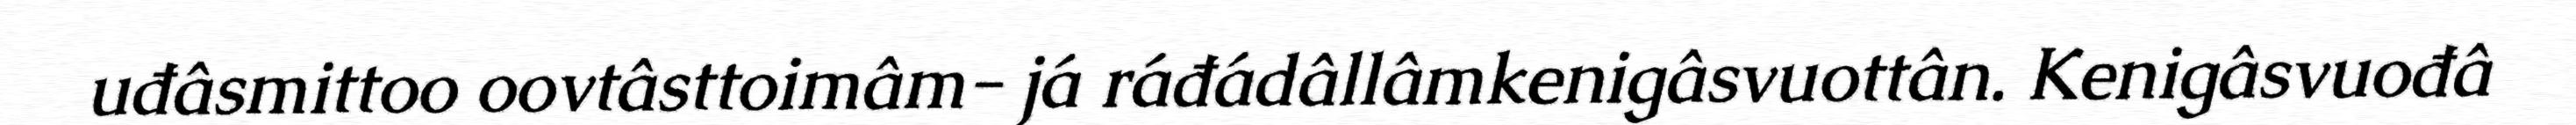
uđâsmittoo oovtâsttoimâm- já ráđádâllâmkenigâsvuottân. Kenigâsvuođâ